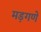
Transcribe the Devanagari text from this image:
मड़गणे